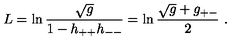
L = \ln \frac { \sqrt g } { 1 - h _ { + + } h _ { -- } } = \ln \frac { \sqrt g + g _ { + - } } { 2 } \ .